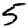
Digit: 5